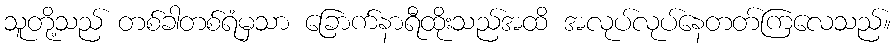
သူတို့သည် တစ်ခါတစ်ရံမှသာ ခြောက်နာရီထိုးသည်အထိ အလုပ်လုပ်နေတတ်ကြလေသည်။